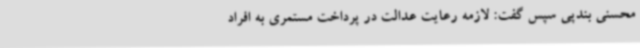
محسنی بندپی سپس گفت: لازمه رعایت عدالت در پرداخت مستمری به افراد